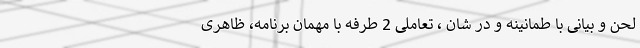
لحن و بیانی با طمانینه و در شان ، تعاملی 2 طرفه با مهمان برنامه، ظاهری